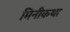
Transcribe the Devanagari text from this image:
मिनीकथा